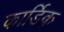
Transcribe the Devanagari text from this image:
कार्डिक